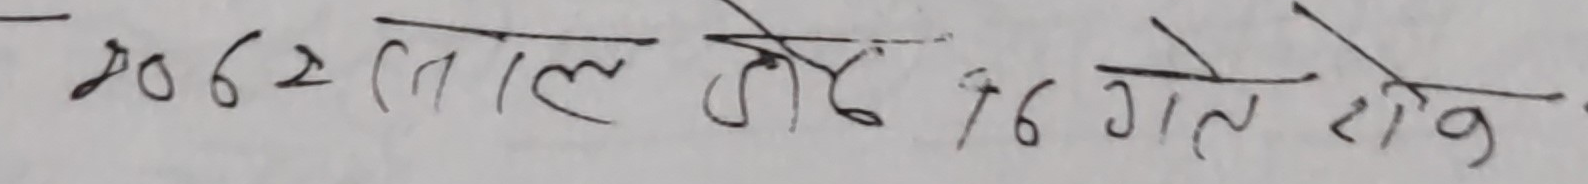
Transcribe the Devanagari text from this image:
2062 साल जेठ १६ गते शनिबार.